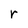
Character: r